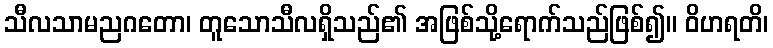
သီလသာမညဂတော၊ တူသောသီလရှိသည်၏ အဖြစ်သို့ရောက်သည်ဖြစ်၍။ ဝိဟရတိ၊